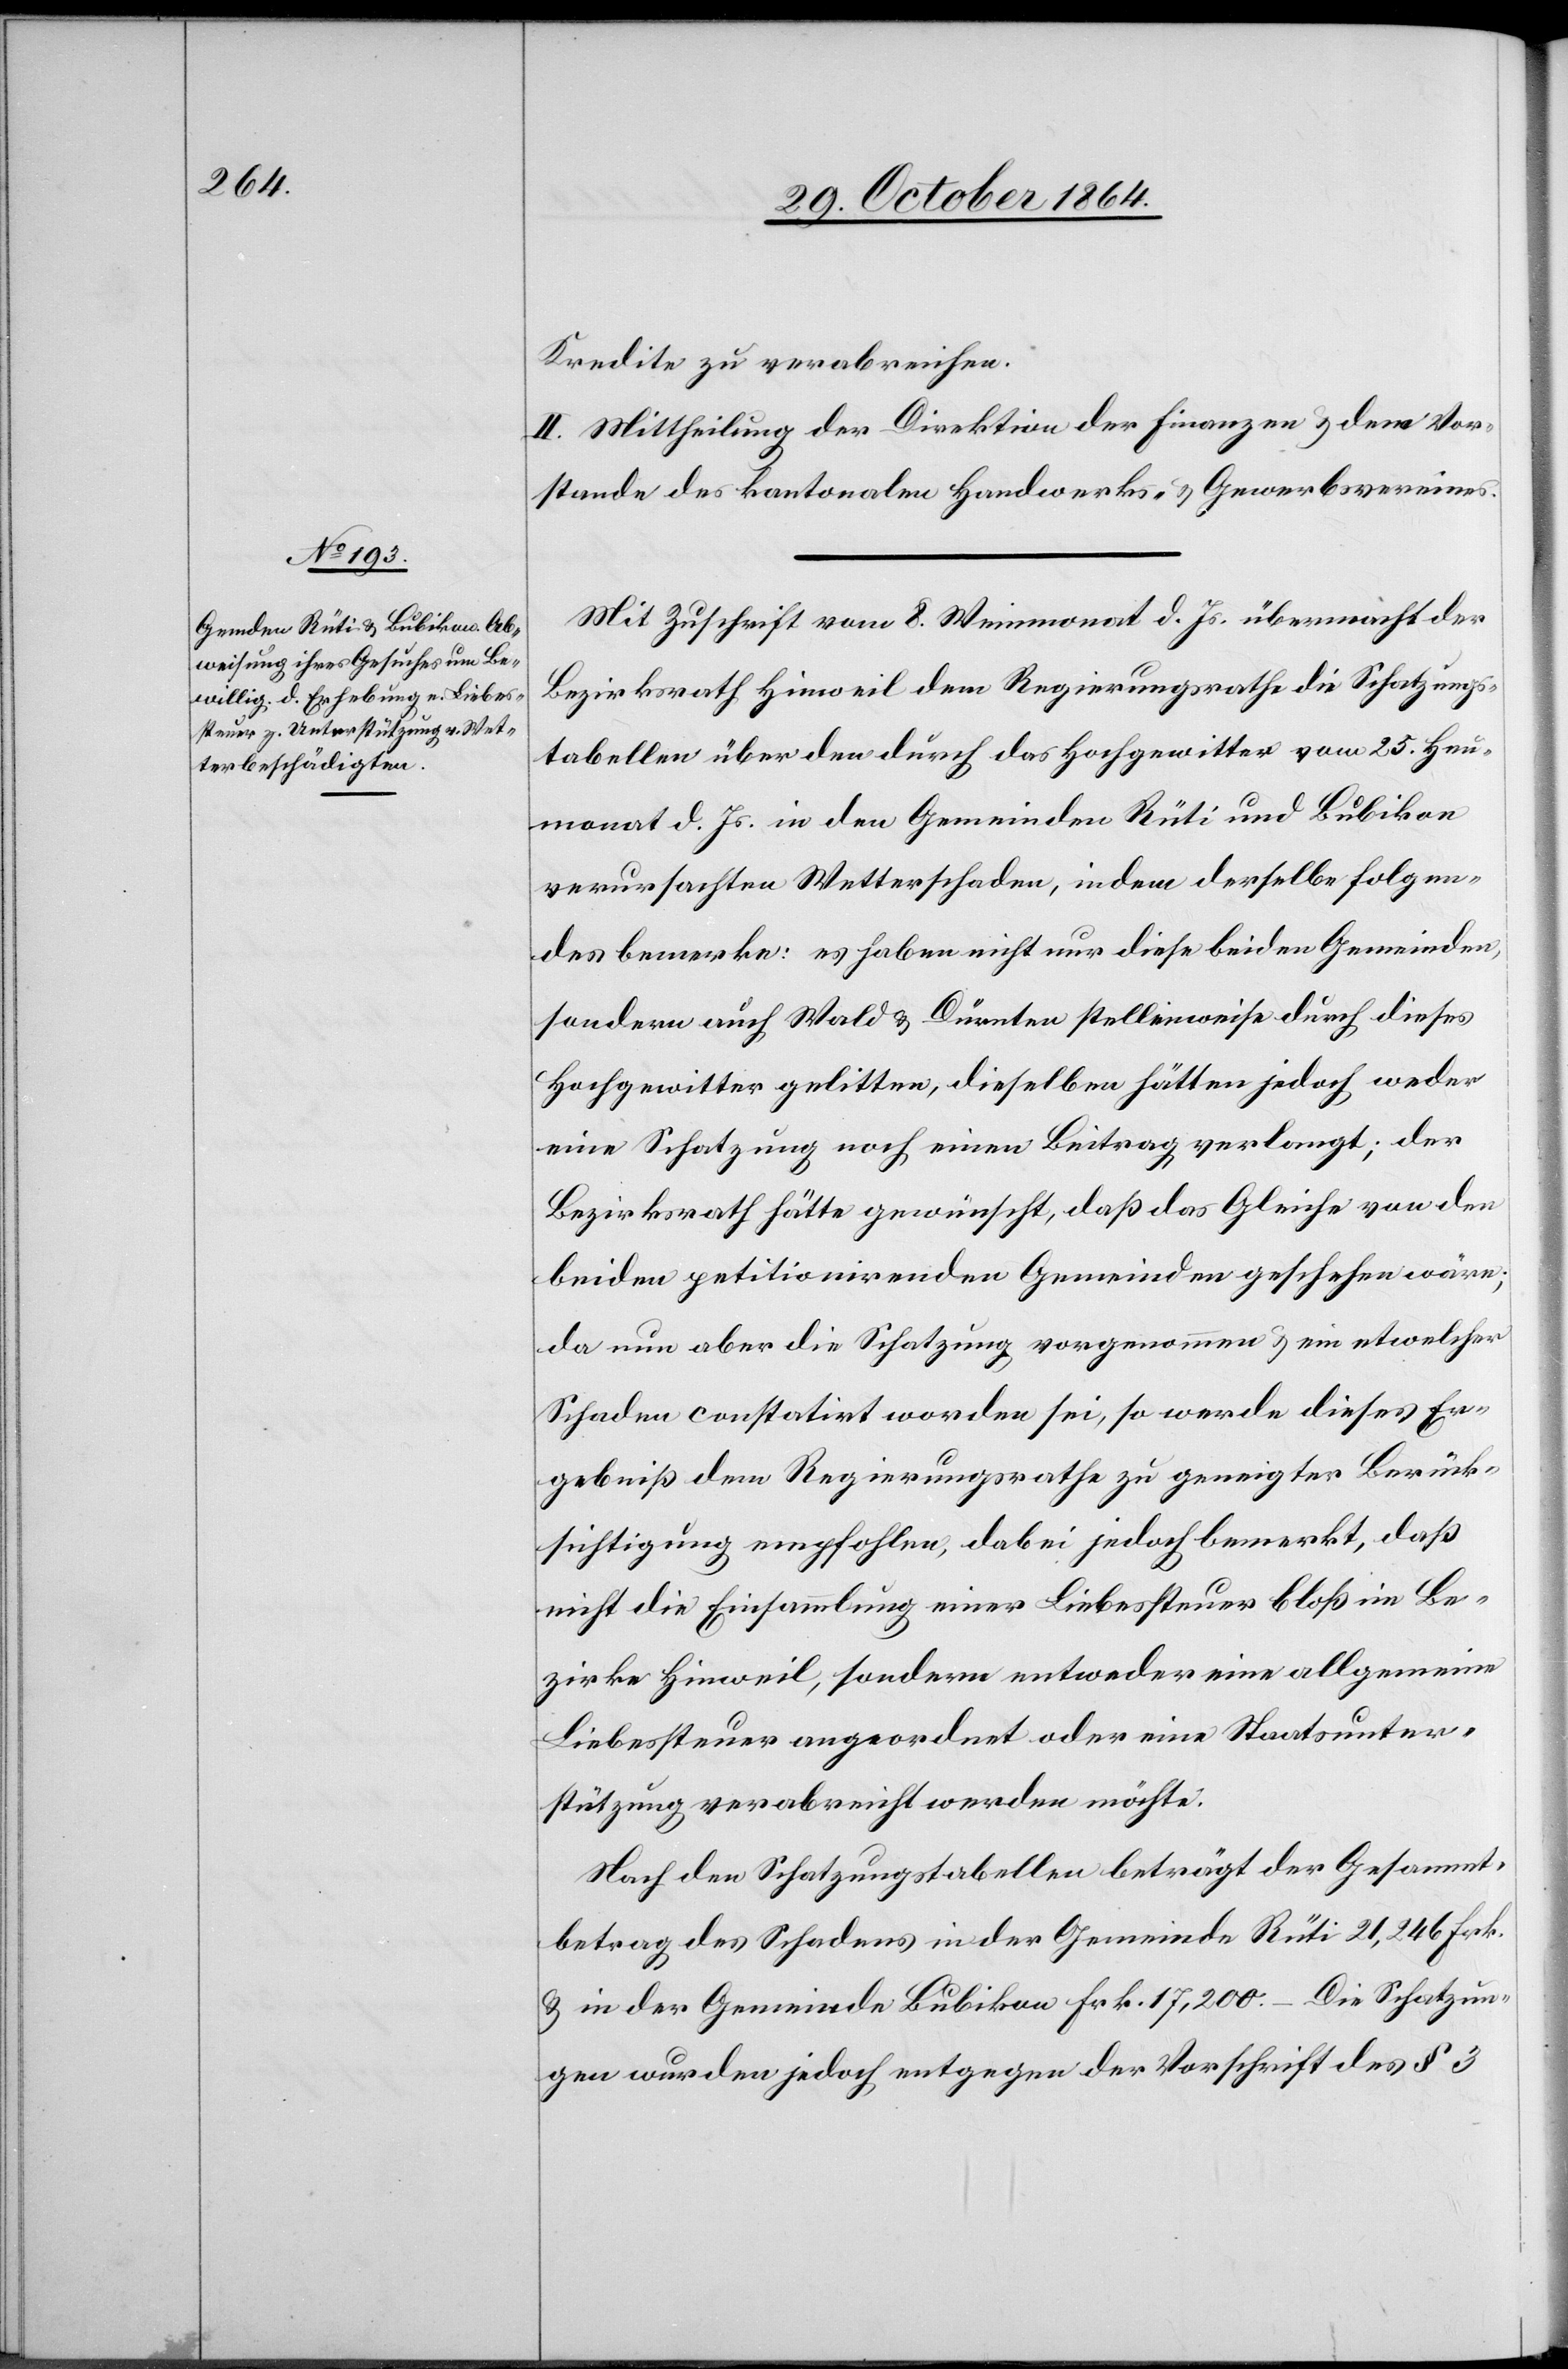
Kredite zu verabreichen.
II. Mittheilung der Direktion der Finanzen & dem Vor¬
stande des kantonalen Handwerks- & Gewerbsvereines.
Mit Zuschrift vom 8. Weinmonat d. Js. übermacht der
Bezirksrath Hinweil dem Regierungsrathe die Schatzungs¬
tabellen über den durch das Hochgewitter vom 25. Heu¬
monat d. Js. in den Gemeinden Rüti und Bubikon
verursachten Wetterschaden, indem derselbe Folgen¬
des bemerke: es haben nicht nur diese beiden Gemeinden,
sondern auch Wald & Dürnten stellenweise durch dieses
Hochgewitter gelitten, dieselben hätten jedoch weder
eine Schatzung noch einen Beitrag verlangt; der
Bezirksrath hätte gewünscht, daß das Gleiche von den
beiden petitionirenden Gemeinden geschehen wäre;
da nun aber die Schatzung vorgenommen & ein etwelcher
Schaden constatirt worden sei, so werde dieses Er¬
gebniß dem Regierungsrathe zu geneigter Berück¬
sichtigung empfohlen, dabei jedoch bemerkt, daß
nicht die Einsammlung einer Liebessteuer bloß im Be¬
zirke Hinweil, sondern entweder eine allgemeine
Liebessteuer angeordnet oder eine Staatsunter¬
stützung verabreicht werden möchte.
Nach den Schatzungstabellen beträgt der Gesammt¬
betrag des Schadens in der Gemeinde Rüti 21,246 Frk.
& in der Gemeinde Bubikon Frk. 17,200. – Die Schatzun¬
gen wurden jedoch entgegen der Vorschrift des § 3